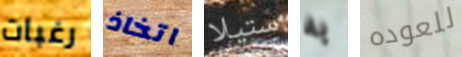
رغبات اتخاذ ستيلا به للعوده